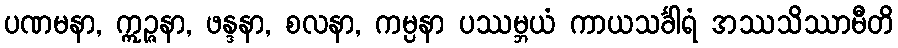
ပဏမနာ, ဣဉ္ဇနာ, ဖန္ဒနာ, စလနာ, ကမ္ပနာ ပဿမ္ဘယံ ကာယသင်္ခါရံ အဿသိဿာမီတိ